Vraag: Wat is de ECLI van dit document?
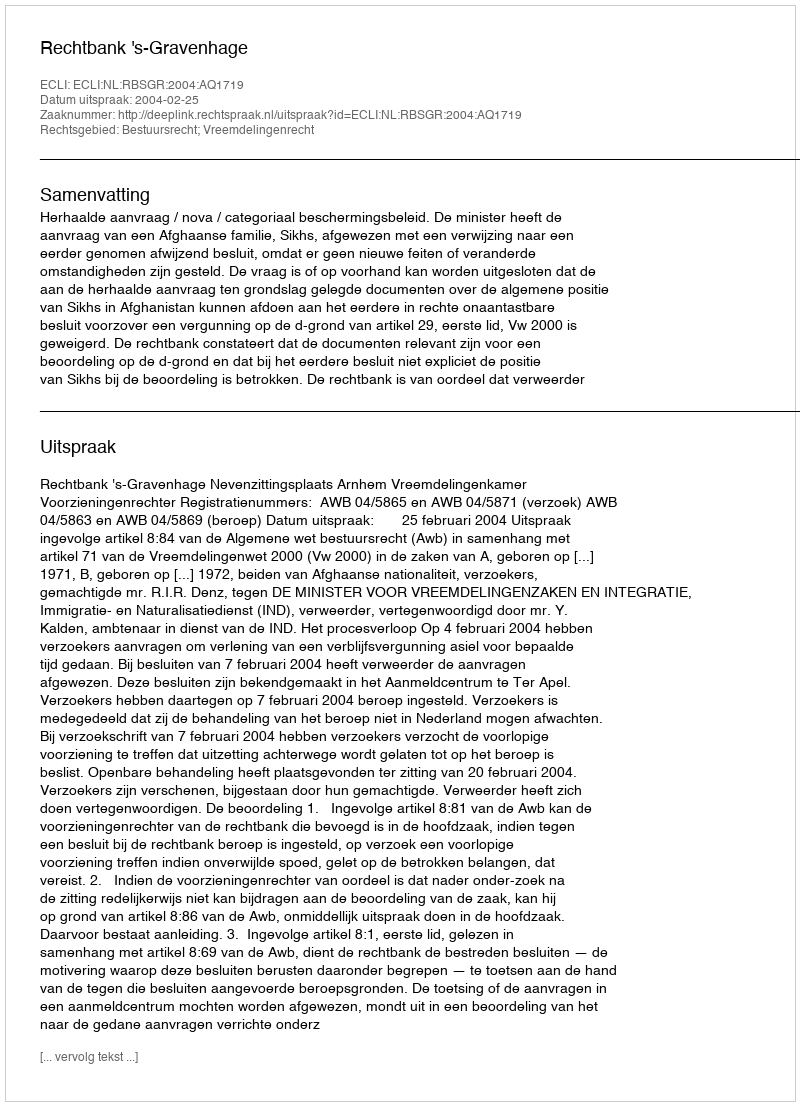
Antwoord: ECLI:NL:RBSGR:2004:AQ1719